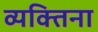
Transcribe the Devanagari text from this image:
व्यक्तिना